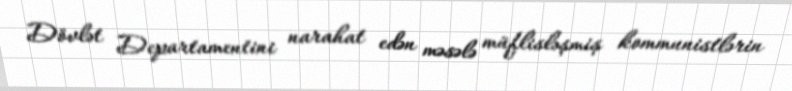
Dövlət Departamentini narahat edən məsələ müflisləşmiş kommunistlərin